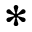
\ast